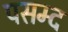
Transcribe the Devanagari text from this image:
पसम्द